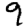
Digit: 9